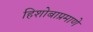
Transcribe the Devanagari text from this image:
हिशोबाप्रमाणे